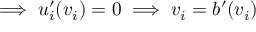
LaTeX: \implies u _ { i } ^ { \prime } ( v _ { i } ) = 0 \implies v _ { i } = b ^ { \prime } ( v _ { i } )